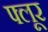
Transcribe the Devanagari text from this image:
फ्लूर